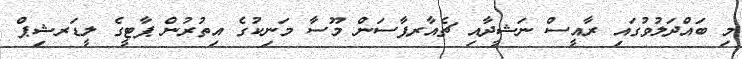
މި ބައްދަލުވުގައި ރާއީސް ނަޝީދާއި ޗެއާރޕާސަން މޫސާ މަނިކުގެ އިތުރުން ޕާޓީގެ ލީޑަރޝިޕް